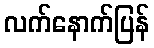
လက်နောက်ပြန်